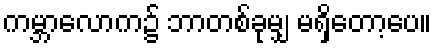
ကမ္ဘာလောက၌ ဘာတစ်ခုမျှ မရှိတော့ပေ။